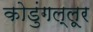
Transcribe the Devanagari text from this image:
कोडुंगल्लूर